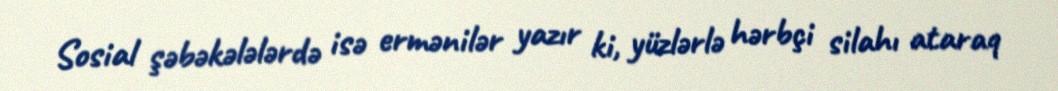
Sosial şəbəkələlərdə isə ermənilər yazır ki, yüzlərlə hərbçi silahı ataraq